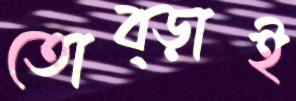
তোব্‌ড়াই